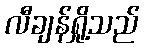
လီချန်ရှို့သည်